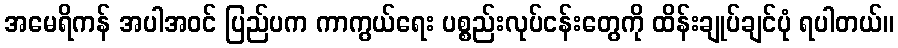
အမေရိကန် အပါအဝင် ပြည်ပက ကာကွယ်ရေး ပစ္စည်းလုပ်ငန်းတွေကို ထိန်းချုပ်ချင်ပုံ ရပါတယ်။